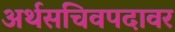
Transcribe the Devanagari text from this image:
अर्थसचिवपदावर